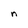
Character: n